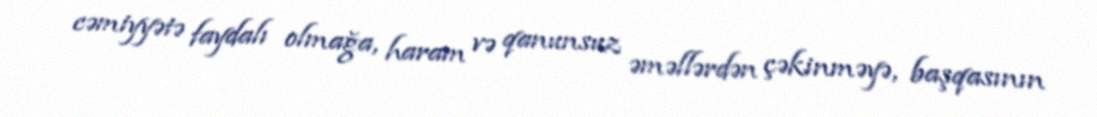
cəmiyyətə faydalı olmağa, haram və qanunsuz əməllərdən çəkinməyə, başqasının